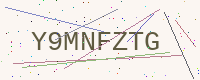
Text: Y9MNFZTG